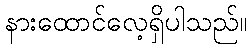
နားထောင်လေ့ရှိပါသည်။